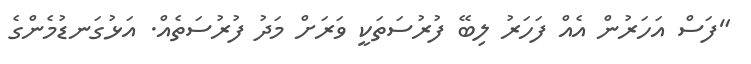
"ފަސް އަހަރުން އެއް ފަހަރު ލިބޭ ފުރުސަތަކީ ވަރަށް މަދު ފުރުސަތެއް. އަޅުގަނޑުމެންގެ